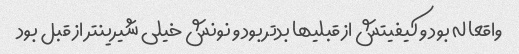
واقعا له بود و کیفیتش از قبلیها بدتر بود و نونش خیلی شیرینتر از قبل بود